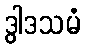
ဒွါဒသမံ